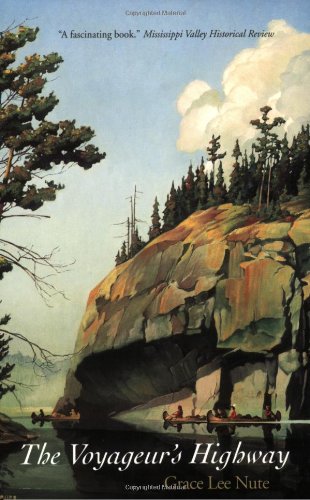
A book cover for The Voyageur's Highway: Minnesota's Border Lake Land; Grace Lee Nute; Biographies & Memoirs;